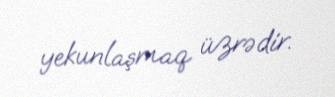
yekunlaşmaq üzrədir.